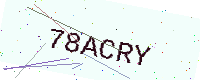
Text: 78ACRY